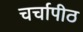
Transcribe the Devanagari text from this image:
चर्चापीठ